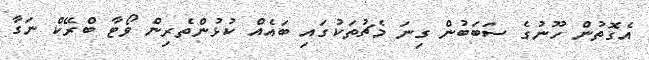
އެގޮތުން ހޫނުގެ ސަބަބުން ގިނަ މެޗުތަކުގައި ބައެއް ކުޅުންތެރިން ވޯޓާ ބްރޭކް ނަގާ